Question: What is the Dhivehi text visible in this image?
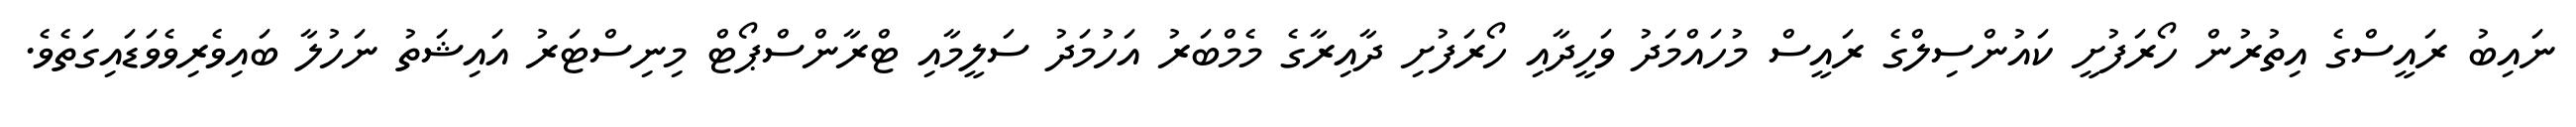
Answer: ނައިބު ރައީސްގެ އިތުރުން ހޯރަފުށީ ކައުންސިލްގެ ރައީސް މުހައްމަދު ވަހީދާއި ހޯރަފުށި ދާއިރާގެ މެމްބަރު އަހުމަދު ސަލީމާއި ޓްރާންސްޕޯޓް މިނިސްޓަރު އައިޝަތު ނަހުލާ ބައިވެރިވެވަޑައިގަތެވެ.